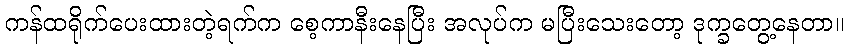
ကန်ထရိုက်ပေးထားတဲ့ရက်က စေ့ကာနီးနေပြီး အလုပ်က မပြီးသေးတော့ ဒုက္ခတွေ့နေတာ။